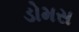
ડોમસ